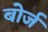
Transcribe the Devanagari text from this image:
बोर्ज